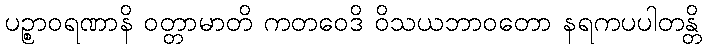
ပဉ္စာဝရဏာနိ ဝတ္တာမာတိ ကတဝေဒိ ဝိသယဘာဝတော နရကပပါတန္တိ